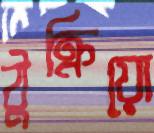
ঠুক্‌রিয়ো